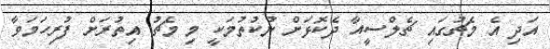
އަދި އެ މެޗުގައި ޗެލްސީއާ ދެކޮޅަށް ނުކުތުމަކީ މި މެޗު އިތުރަށް ފުރިހަމަވާ